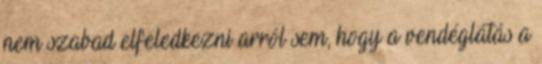
nem szabad elfeledkezni arról sem, hogy a vendéglátás a